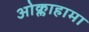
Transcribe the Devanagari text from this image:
ओक्लाहामा